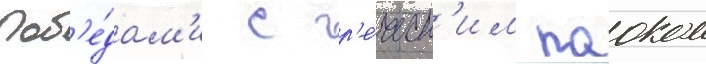
поб'е́дам'и с гр'е́ческ'им паоком